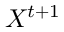
X ^ { t + 1 }